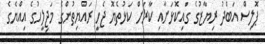
ޕޮލިސް އަބްދު ރިޔާޒުގެ ގައިކޮޅަށާއި ކާރަށް ކަޅުތެޔޮ ޖެހީ ރައްޔިތުންގެ މަޖިލީހުގެ އިއްޔެގެ